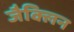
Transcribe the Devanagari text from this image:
जैक्लिन